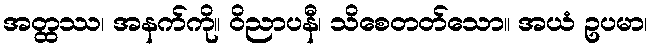
အတ္ထဿ၊ အနက်ကို။ ဝိညာပနီ၊ သိစေတတ်သော။ အယံ ဥပမာ၊